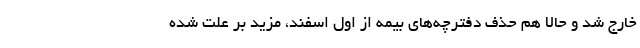
خارج شد و حالا هم حذف دفترچه‌های بیمه از اول اسفند، مزید بر علت شده